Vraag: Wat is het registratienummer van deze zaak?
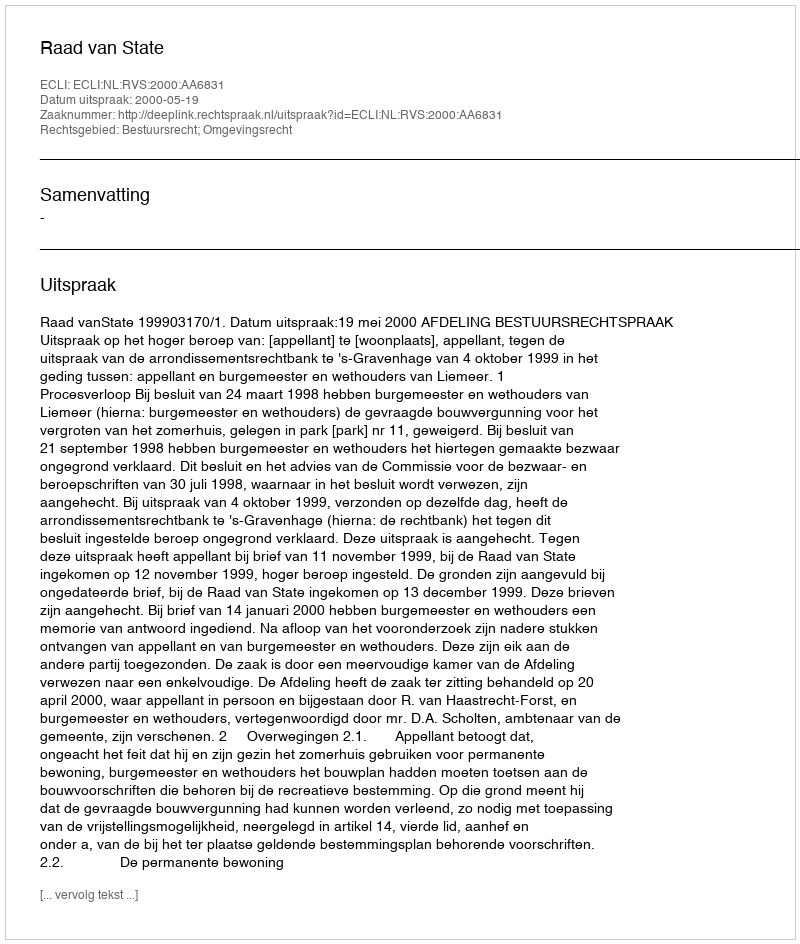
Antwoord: http://deeplink.rechtspraak.nl/uitspraak?id=ECLI:NL:RVS:2000:AA6831